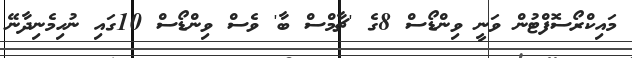
މައިކްރޯސޮފްޓުން ވަނީ ވިންޑޯސް 8ގެ 'ޗާމްސް ބާ' ވެސް ވިންޑޯސް 10ގައި ނުހިމެނިދާނޭ